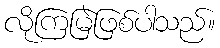
လိုကြမြဲဖြစ်ပါသည်။